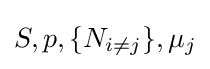
S,p,\{N_{i\neq j}\},\mu _{j}